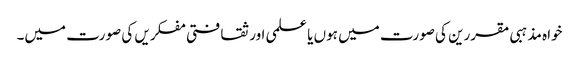
خواہ مذہبی مقررین کی صورت میں ہوں یا علمی اور ثقافتی مفکریں کی صورت میں۔